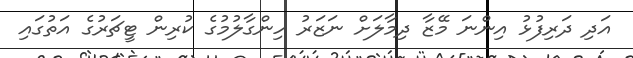
އަދި ދަރިފުޅު އިންނަ މޭޒާ ދިމާލަށް ނަޒަރު ހިންގާލުމުގެ ކުރިން ޓީޗަރުގެ އަތުގައި